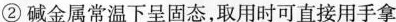
②碱金属常温下呈固态，取用时可直接用手拿